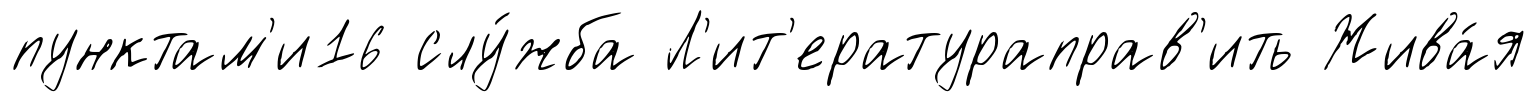
пунктам'и16 слу́жба Л'ит'ератураправ'ить Жива́я